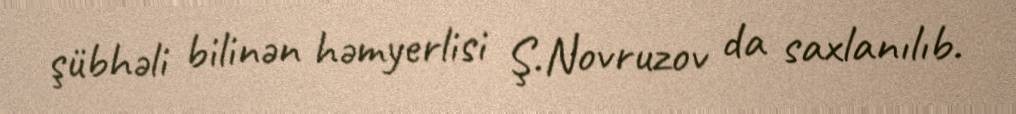
şübhəli bilinən həmyerlisi Ş.Novruzov da saxlanılıb.